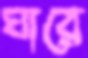
ঘারে